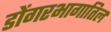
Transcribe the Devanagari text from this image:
डोंगरभागातिल